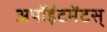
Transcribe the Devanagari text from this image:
अपॉईंटमेंटस्